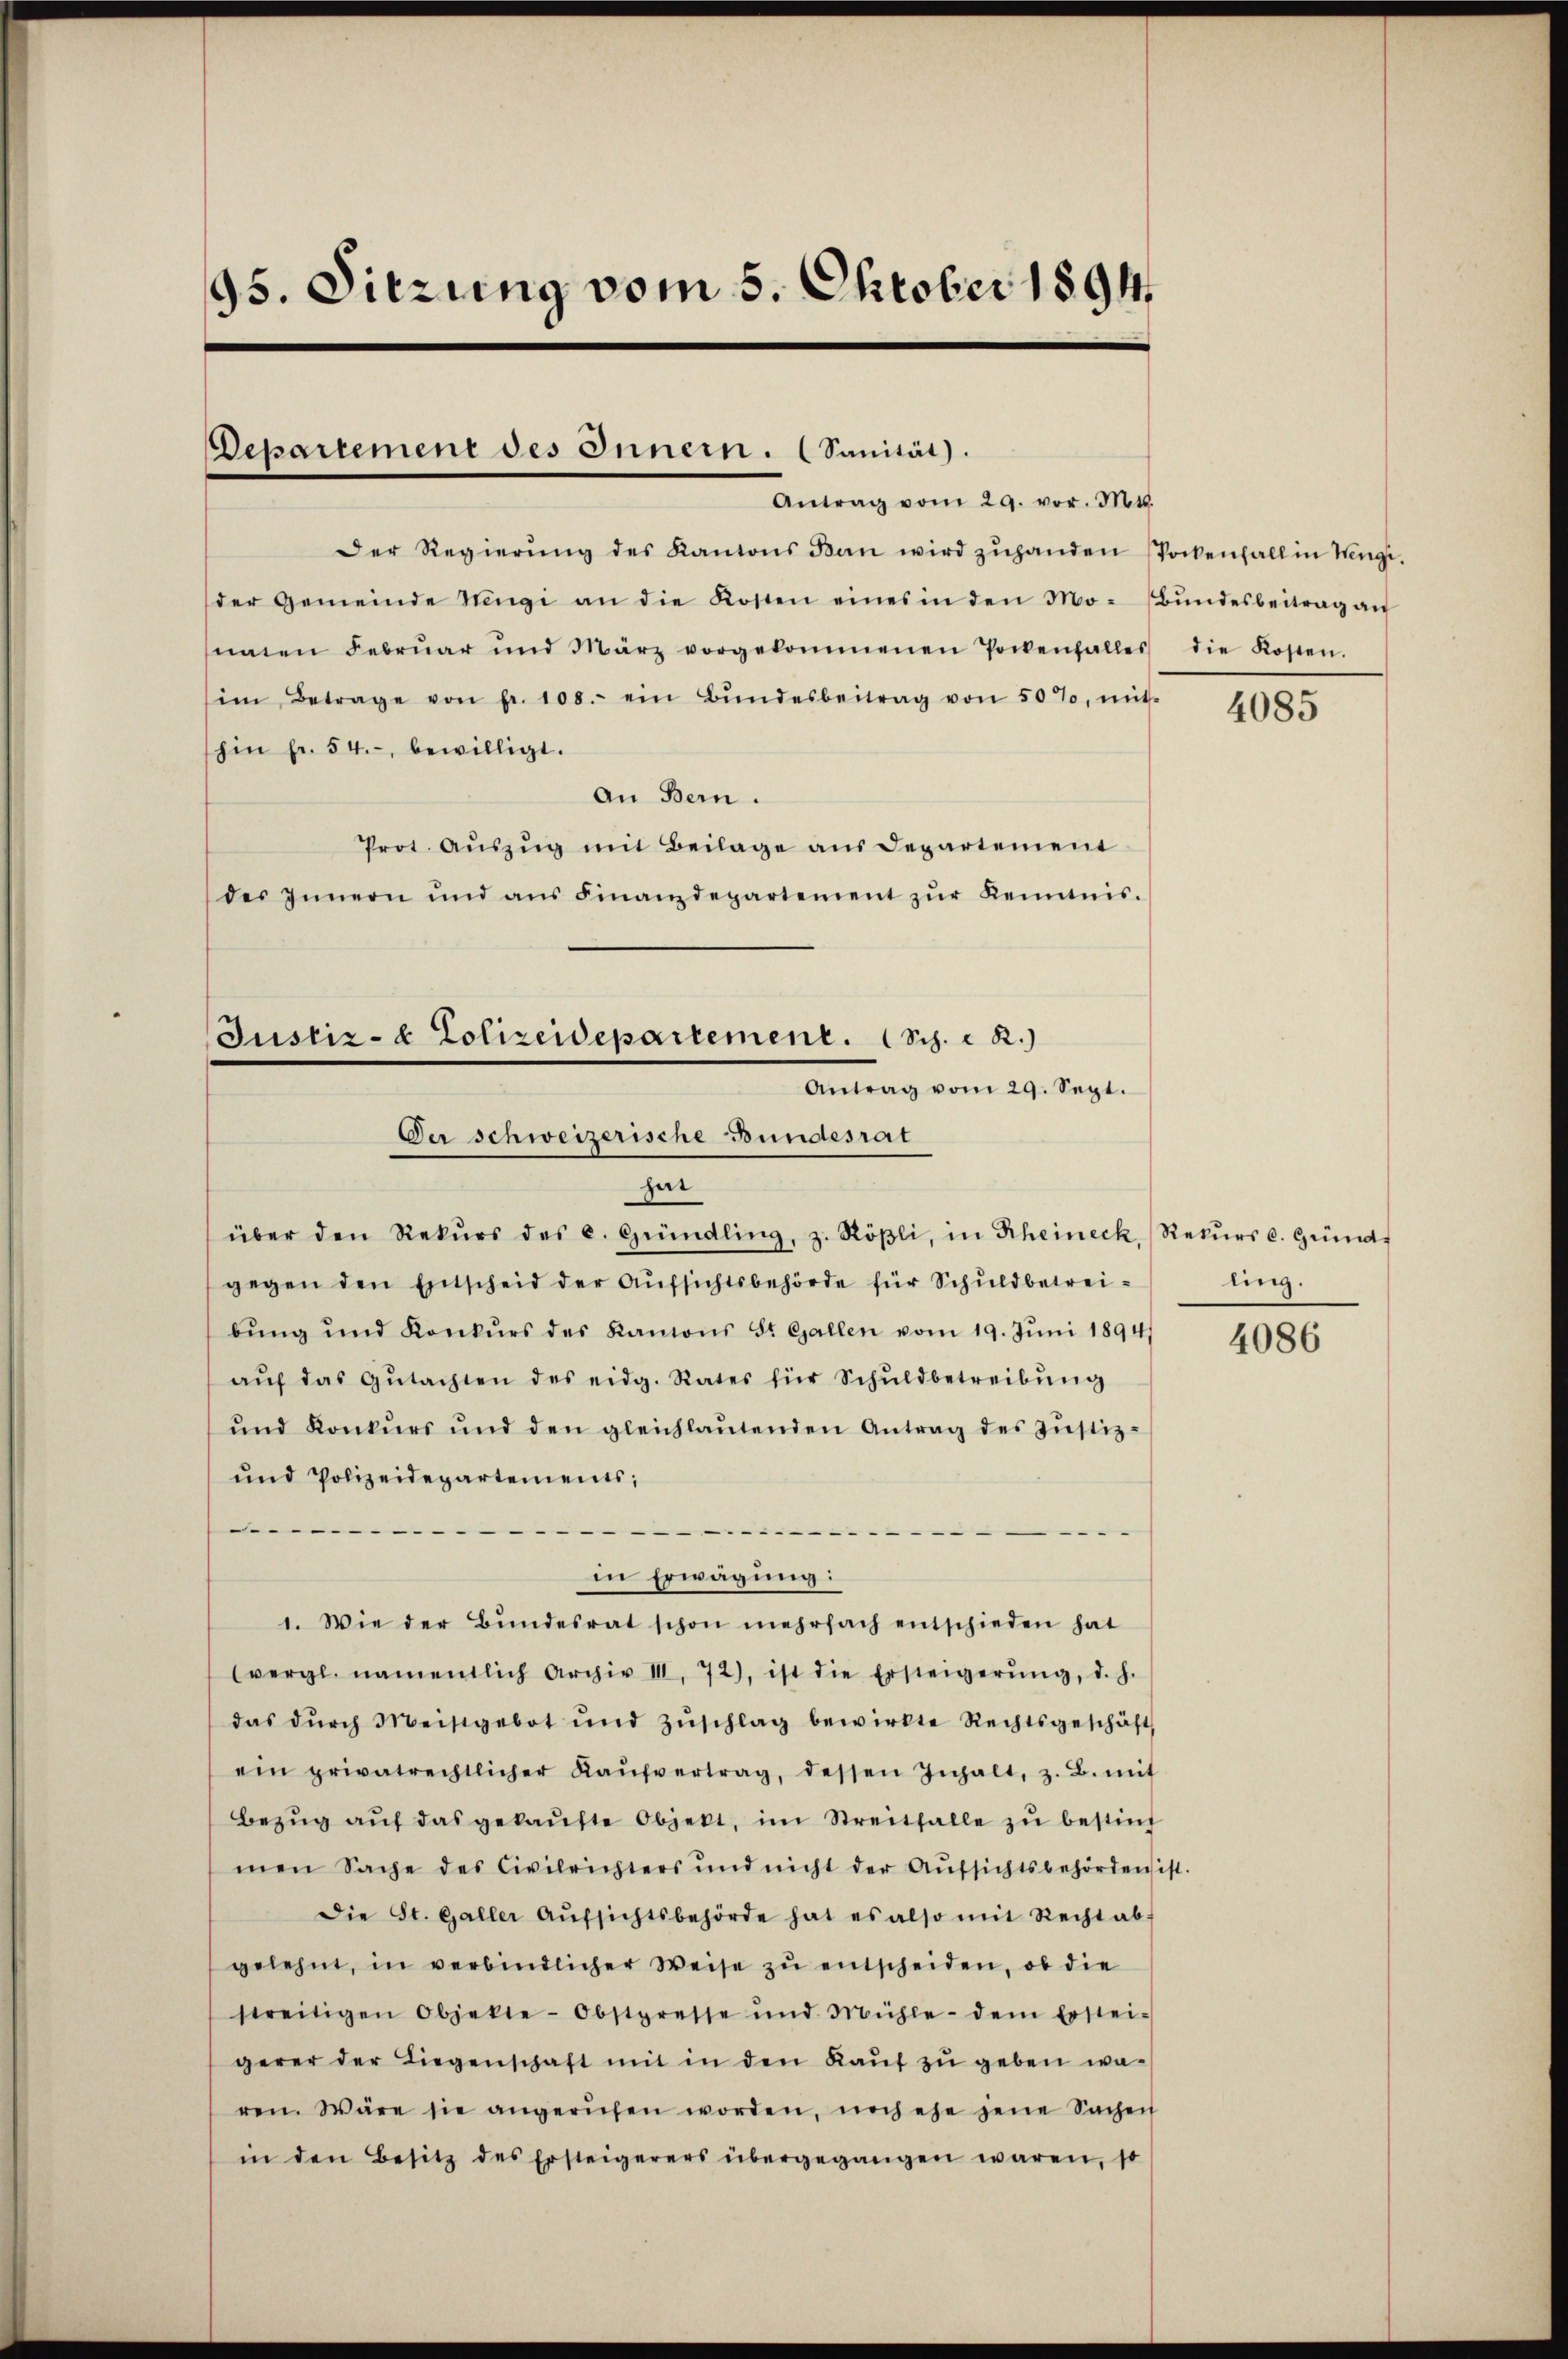
95. Sitzung vom 5. Oktober 1894

Departemene des Innern. (Sanität).
Antrag vom 29. vor. Mts.

Der Regierŭng des Kantons Ban wird zŭhanden Stockenfall in Weingeder Gemeinde Ringi an die Kosten eines in den Mo- Bŭndesbeitrag an
naten Februar und März vorgekommenen Pockenfalles
im Betrage von fr. 100. ein Bŭndesbeitrag von 50%, mit
hin fr. 54. bewilligt.
an Bern.
Prot. Auszug mit Beilage aus Departement
des Innern und ans Finanzdepartement zŭr Kenntnis.
hat
über den Rekŭrs des C. Gründling, z. Röβli, in Rheineck, Rekŭrs c. Gründ
gegen den Entscheid der Aŭfsichtsbehörde für Schŭldbetrei-
bŭng und Konkŭrs des Kantons St. Gallen vom 19. Jŭni 1894/
aŭf das Gŭtachten des eidg. Rates für Schŭldbetreibŭng
ŭnd Konkŭrs und den gleichlaŭtenden Antrag des Jŭstiz-
und Polizeidepartements;

in Erwägung:
1. Wie der Bŭndesrat schon mehrfach entschieden hat
(vergl. namentlich Archiv III. 72), ist die Ersteigerŭng, d. h.
das dŭrch Meistgebot und Zŭschlag bewirkte Rechtsgeschäft
ein privatrechtlicher Kaŭfvertrag, dessen Inhalt, z. B. mit
Bezŭg aŭf das gekaŭfte Objekt, im Streitfalle zŭ bestif
men Sache des Civilrichters und nicht der Aufsichtsbehördensis
Die St. Galler Aŭfsichtsbehörde hat es also mit Recht ab-
gelehnt, in verbindlicher Weise zu entscheiden, ob die
streitigen Objekte-Obstpresse und Mühle- dem Erstei-
gerer der Liegenschaft mit in den Kauf zu geben wa-
ren. Wäre sie angerufen worden, noch ehe jene Sachen
in den Besitz des Ersteigerers übergegangen waren, so

Justiz- & Polizeidepartement. (Sch. - 2.)
Antrag vom 29. Sept.
Der schweizerische Bundesrat

die Kosten.

st.

4085

ling.

4086